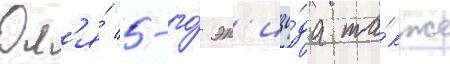
Дл'я́ 5-го́ эп'изо́да та́кже